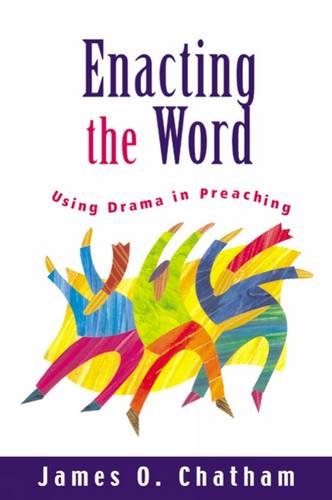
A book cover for Enacting the Word: Using Drama in Preaching; James O. Chatham; Literature & Fiction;